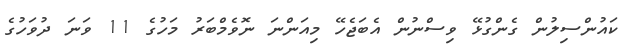
ކައުންސިލުން ގެންގުޅޭ ވިސްނުން އެބަޖެހޭ މިއަންނަ ނޮވެމްބަރު މަހުގެ 11 ވަނަ ދުވަހުގެ